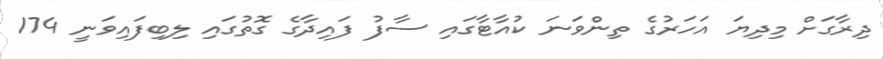
ދިރާގަށް މިދިޔަ އަހަރުގެ ތިންވަނަ ކުއާޓާގައި ސާފު ފައިދާގެ ގޮތުގައި ލިބިފައިވަނީ 174